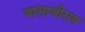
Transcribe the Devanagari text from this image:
बालाजीराव